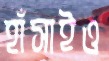
হাঁসাইও